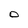
Character: 0